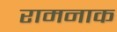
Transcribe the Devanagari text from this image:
रामनाक